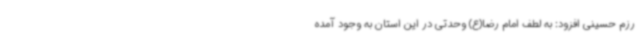
رزم حسینی افزود: به لطف امام رضا(ع) وحدتی در این استان به وجود آمده